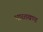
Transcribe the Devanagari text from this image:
भारतखण्ड